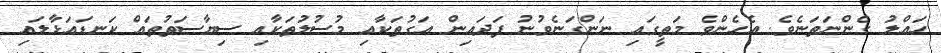
ހައްލު ގެންނަތަނެވެ. އެހެންވެ މަތީގައި ނަންގަނެވުނު ފަދައިން އަގުތަކާއި މުސުލުތަކާއި ސިޔާސަތުތައް ކަނޑައަޅާލައި